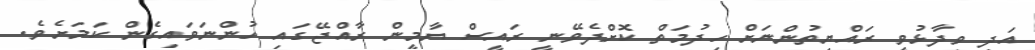
އަދި ވިދާޅުވީ ރައްޔިތުންނަށް ހިދުމަތް ކޮށްދެވޭނީ ރައީސް ޔާމީން ރާއްޖޭގައި ހުންނަވައިގެން ކަމަށެވެ.